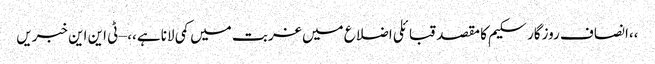
،،انصاف روزگار سکیم کا مقصد قبائلی اضلاع میں غربت میں کمی لانا ہے،، – ٹی این این خبریں